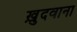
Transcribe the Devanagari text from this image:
ख़ुदवाना